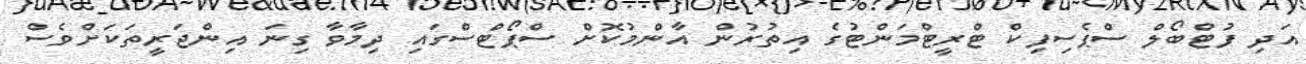
އަދި ފުޓްބޯލް ސްޕެސިފިކް ޓްރީޓްމަންޓުގެ އިތުރުން އާންމުކޮށް ސްޕޯޓްސްގައި ދިމާވާ ގިނަ އިންޖަރީތަކަށްވެސް